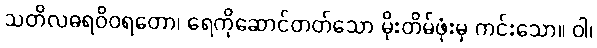
သတိလဓရဝိဝရတော၊ ရေကိုဆောင်တတ်သော မိုးတိမ်ဖုံးမှ ကင်းသော။ ဝါ၊